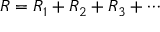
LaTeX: { \big . } R = R _ { 1 } + R _ { 2 } + R _ { 3 } + \cdots